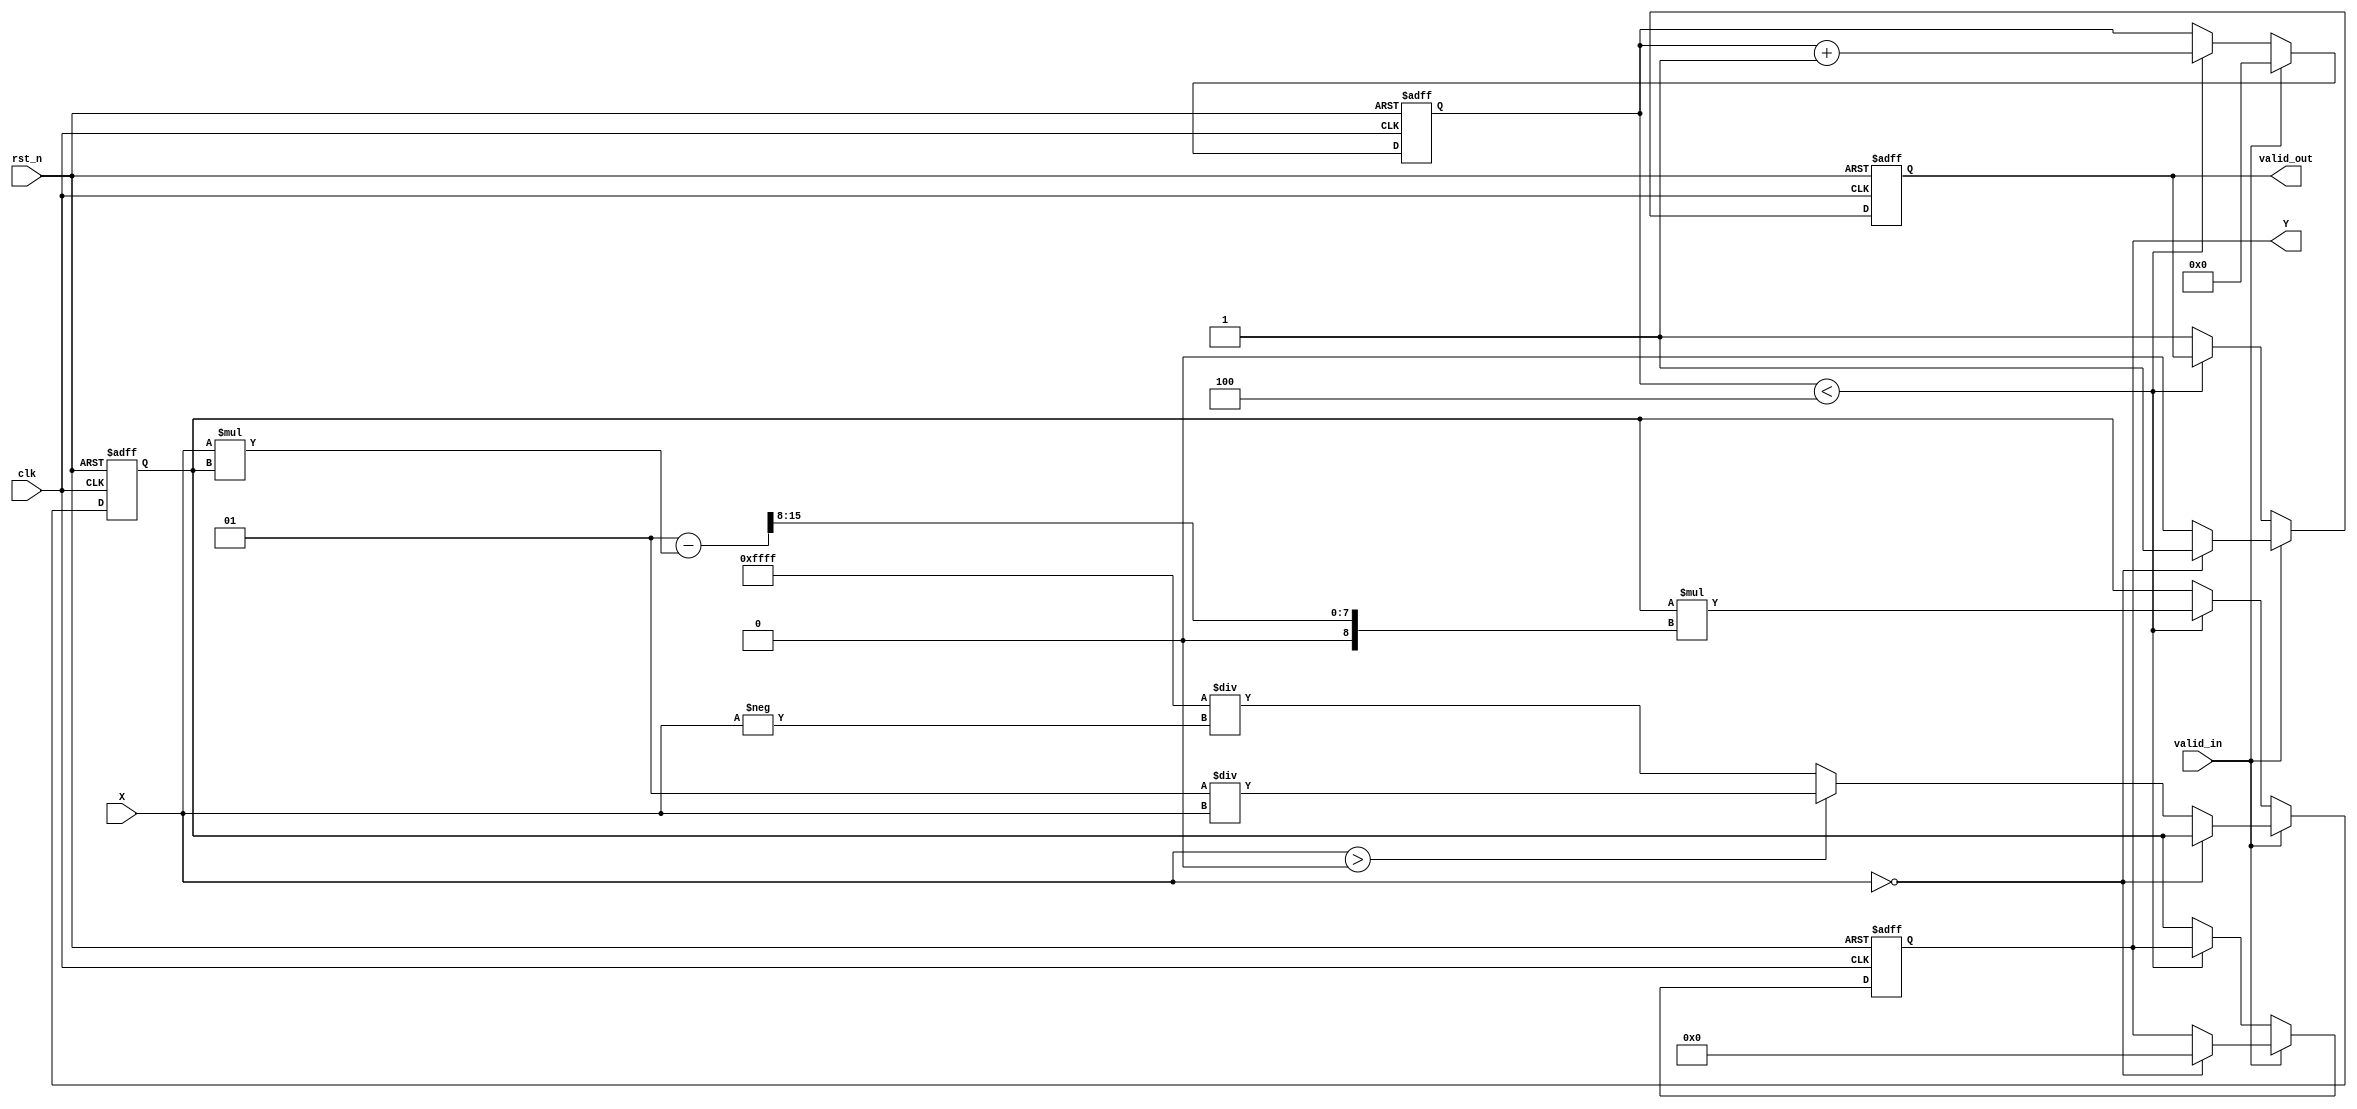
module FixedPointReciprocal #(
    parameter N = 16, // Total number of bits (including sign)
    parameter M = 8   // Number of integer bits
)(
    input wire clk,
    input wire rst_n, // Active low reset
    input wire valid_in,
    input wire signed [N-1:0] X, // Input fixed-point number (Qm.n)
    output reg valid_out,
    output reg signed [N-1:0] Y // Output fixed-point number (Qm.n)
);

    // Internal signals for iteration
    reg signed [N-1:0] guess; // Initial guess for reciprocal
    reg [3:0] iteration; // Iteration counter

    // Constants
    localparam signed [N-1:0] ONE = {1'b0, {N-1{1'b0}}} + 1; // Fixed-point representation of 1 (Qm.n)
    localparam MAX_ITER = 4; // Number of iterations for Newton-Raphson

    // Main process
    always @(posedge clk or negedge rst_n) begin
        if (!rst_n) begin
            valid_out <= 0;
            Y <= 0;
            guess <= 0;
            iteration <= 0;
        end else if (valid_in) begin
            // Check for zero input
            if (X == 0) begin
                Y <= 0; // Return zero for zero input
                valid_out <= 1;
                iteration <= 0; // Reset iteration counter
            end else begin
                valid_out <= 0;
                // Initialize guess based on input
                guess <= (X > 0) ? ONE / X : -ONE / (-X);
                iteration <= 0;
            end
        end else if (iteration < MAX_ITER) begin
            // Perform Newton-Raphson iteration: guess = guess * (2 - X * guess)
            guess <= guess * (ONE - (X * guess) >> (N/2)); // Shift to normalize
            iteration <= iteration + 1;
        end else begin
            // Output result after iterations are complete
            Y <= guess;
            valid_out <= 1;
        end
    end
endmodule